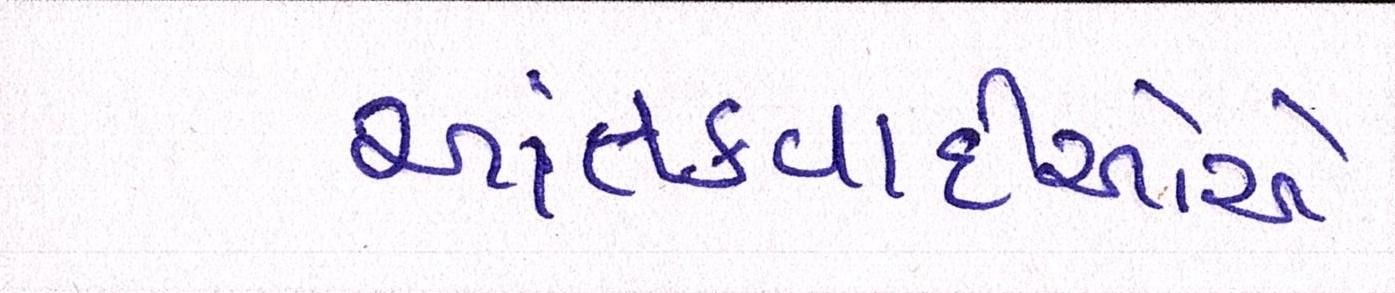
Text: આતંકવાદીઓેએ